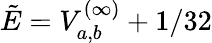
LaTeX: \tilde{E}=V_{a,b}^{(\infty)}+1/32